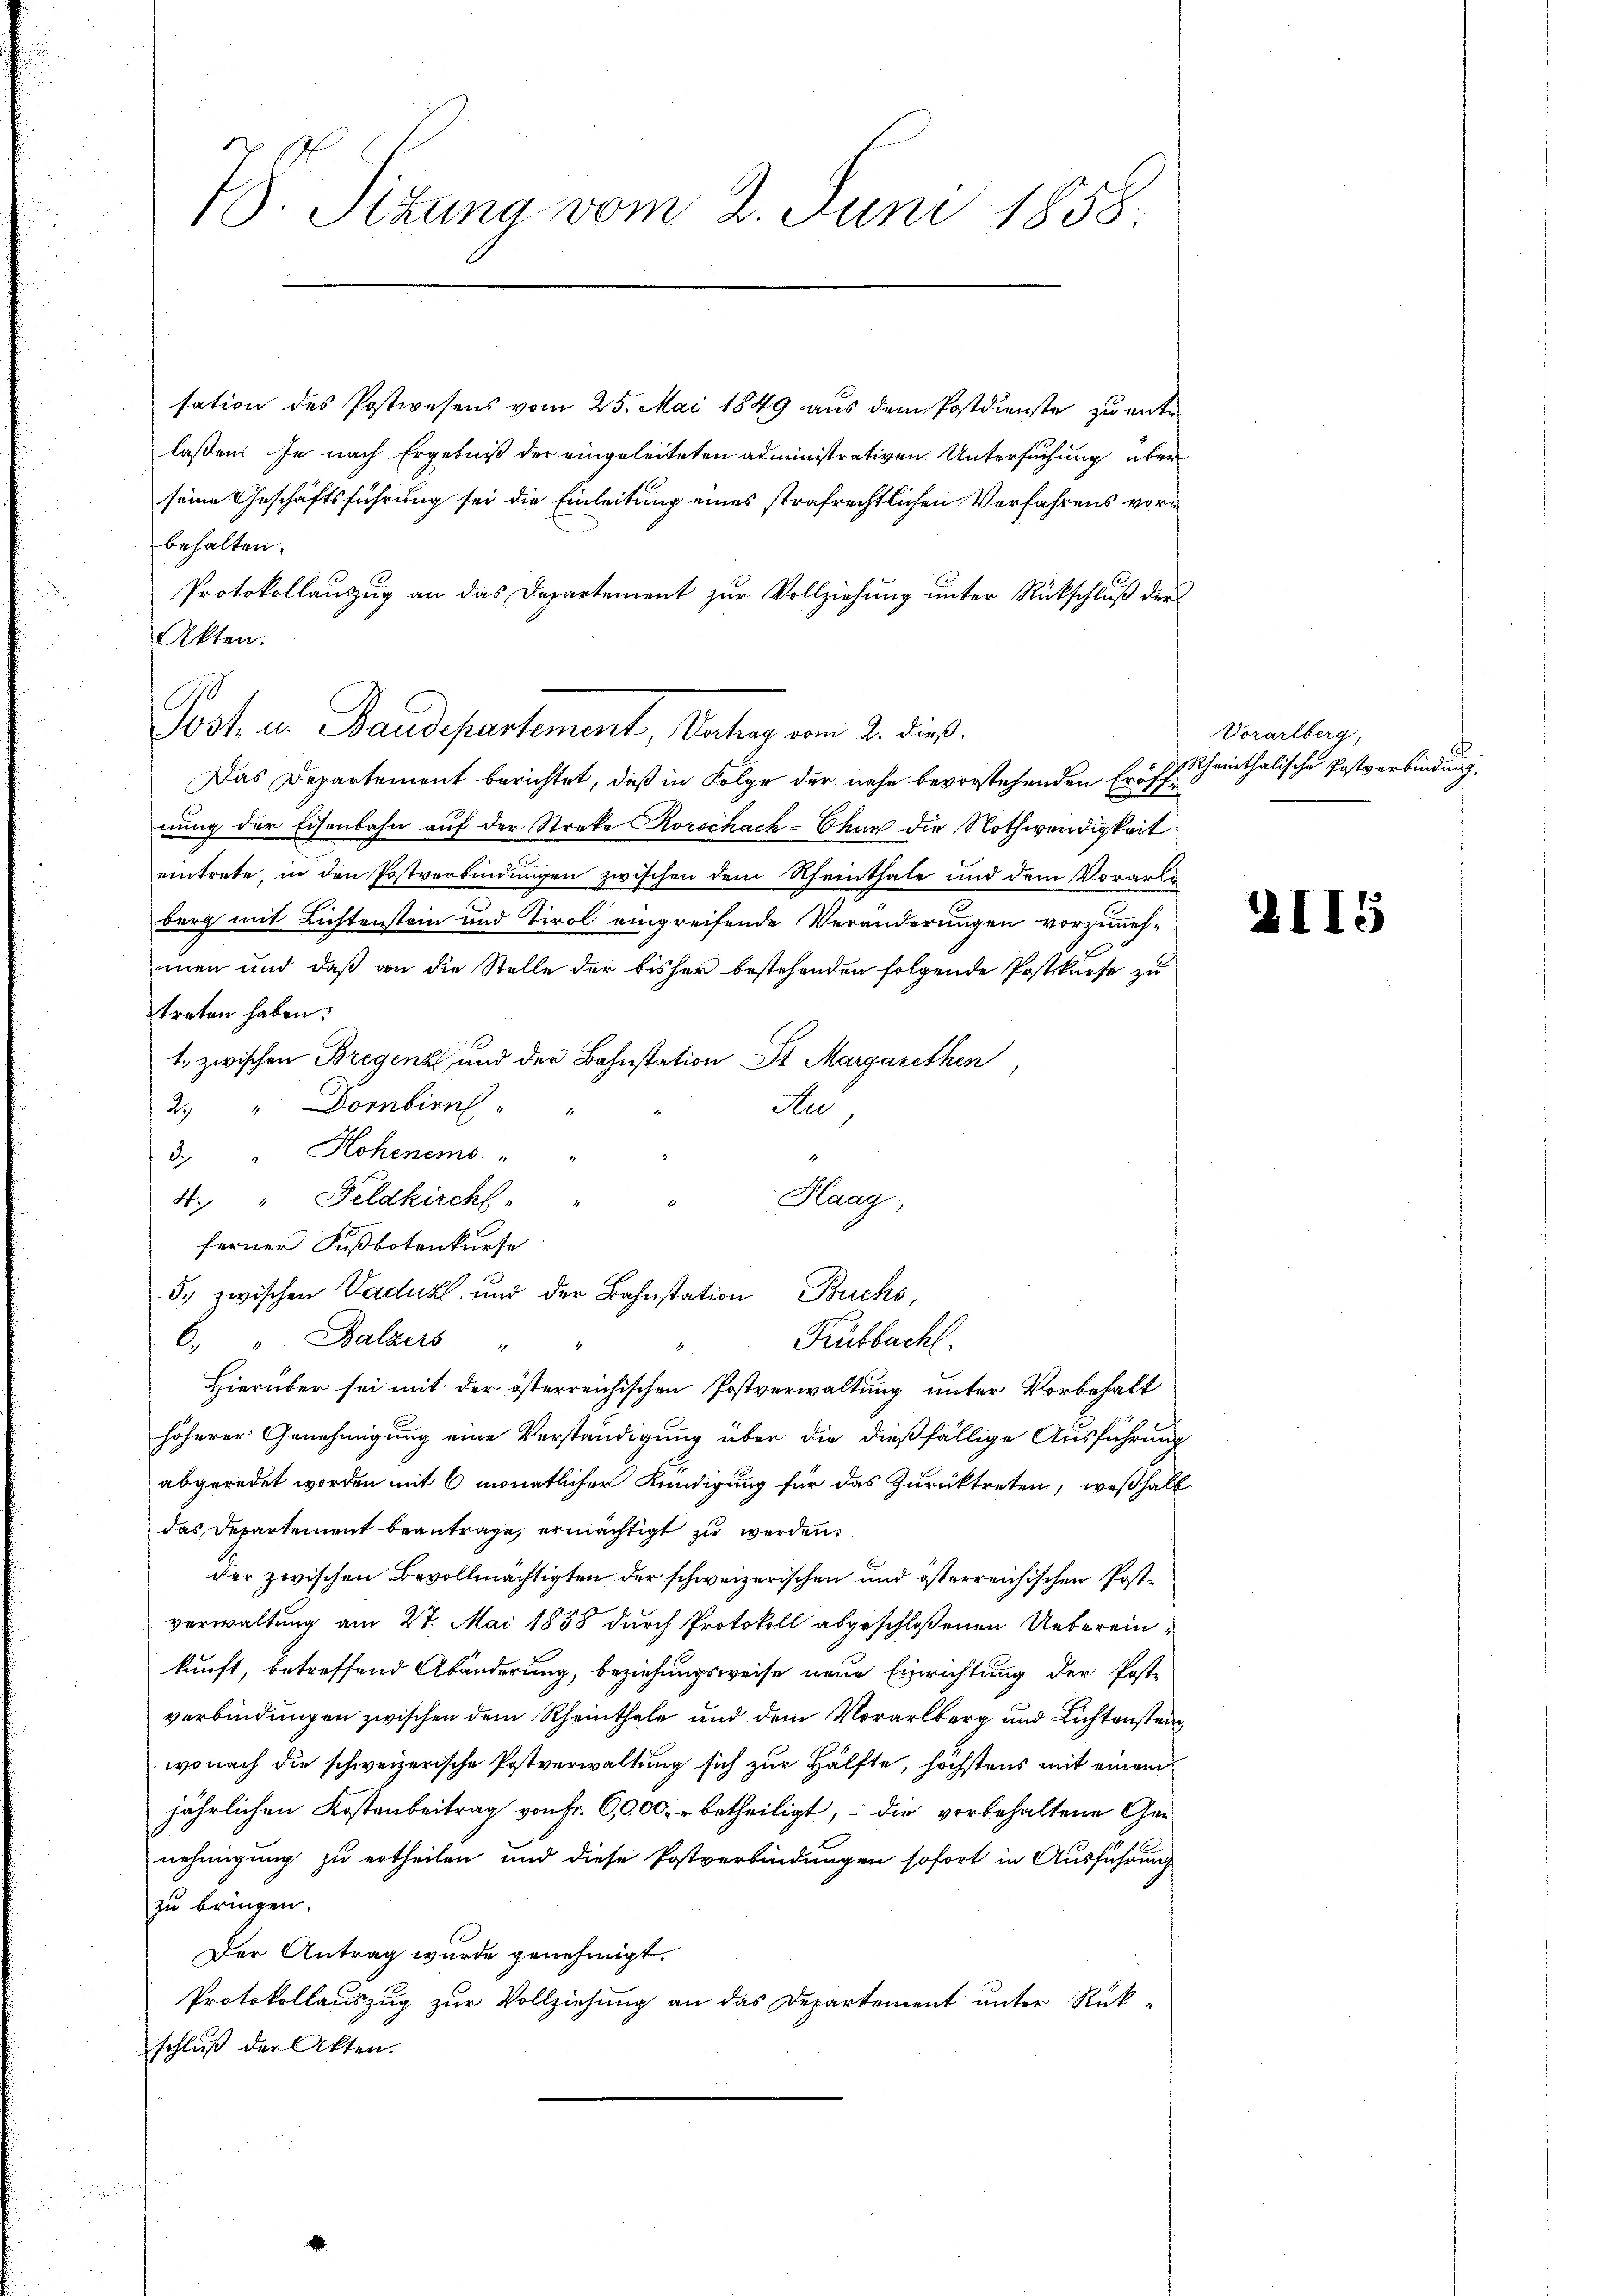
7. Sizung vom 2. Juni 1858.

sation des Postwesens vom 25. Mai 1849 aus dem Postdienste zu entlassen. Je nach Ergebniß der eingeleiteten administrativen Untersuchung über
seine Geschäftsführung sei die Einleitung eines strafrechtlichen Verfahrens vori
behalten.
Protokollauszug an das Departement zur Vollziehung unter Rückschluß der
Akten.
Post u. Baudepartement, Vorhag vom 2. dieß.
Das Departement berichtet, daß in Folge der nahe bevorstehenden Eröffnung der Eisenbahn auf der Streke Korschach-Chur die Nothwendigkeit
eintrete, in den Postverbindungen zwischen dem Rheinthale und dem Vorarle
berg mit Lichtenstein und Tirol eingreifende Veränderungen vorzimmesmen und daß an die Stelle der bisher bestehenden folgende Postkurse zu
treten haben.
1. zwischen Bregenz, und der Bahnstation St. Margarethen
2. " Dornbirn
Au
3. " Hohenemo
Haag,
4: " Feldkirchl.
ferner Fußbotenkurse
5.) zwischen Vadukt, und der Bahnstation Buchs,
Rubbacht.
C. " Balzers " "
4
Hierüber sei mit der österreichischen Postverwaltung unter Vorbehalt
höherer Genehmigung eine Verständigung über die dießfällige Ausführung
abgeredet worden mit 6 monatlicher Kündigung für das Zurücktreten, weßhalb
das Departement beantrage, ermächtigt zu werden.
der zwischen Bevollmächtigten der schweizerischen und ist erreichischen Postverwaltung am 27. Mai 1858 durch Protokoll abgeschloßenen Uebereinkunft, betreffend Abänderung, beziehungsweise neue Einrichtung der Post-
verbindungen zwischen dem Rheinthale und dem Vorarlberg und Lichtensten
wonach die schweizerische Postverwaltung sich zur Hälfte, höchstens mit einem
jährlichen Kostenbeitrag von Fr. 6000. betheiligt, – die vorbehaltene Genehmigung zu ertheilen und diese Postverbindungen sofort in Ausführung
zu bringen.
Der Antrag wurde genehmigt.
Protokollauszug zur Vollziehung an das Departement unter Rükschluß der Akten.

Vorarlberg,
dheinthalische Postverbindung.

¬

I.

5